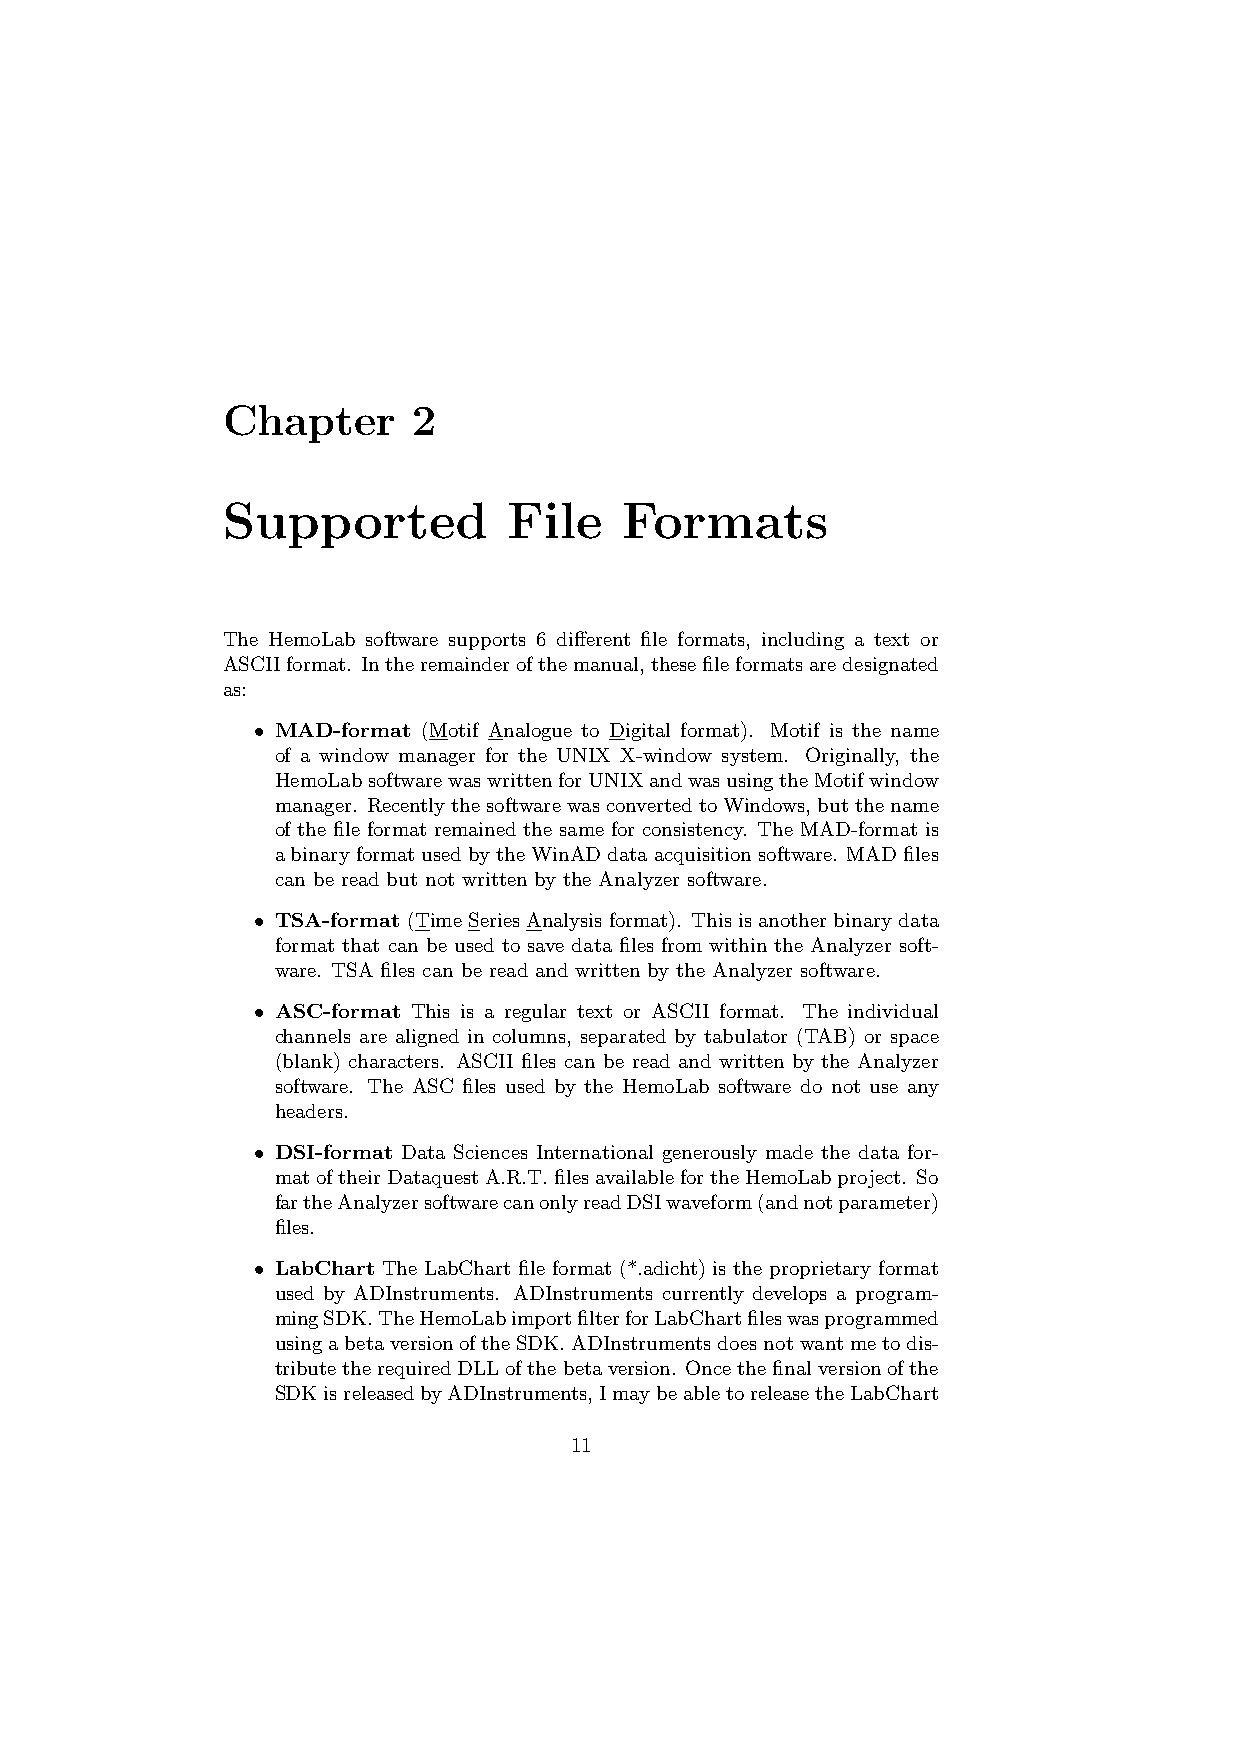
Chapter     2
 Supported          File   Formats
 The HemoLab software supports 6 different file formats, including a text or
 ASCIIformat. Intheremainderofthemanual,thesefileformatsaredesignated
 as:
 • MAD-format (Motif Analogue to Digital format). Motif is the name
 of a window manager for the UNIX X-window system. Originally, the
 HemoLabsoftwarewaswrittenforUNIXandwasusingtheMotifwindow
 manager. RecentlythesoftwarewasconvertedtoWindows,butthename
 of the file format remained the same for consistency. The MAD-format is
 abinaryformatusedbytheWinADdataacquisitionsoftware. MADfiles
 can be read but not written by the Analyzer software.
 • TSA-format(TimeSeriesAnalysisformat). Thisisanotherbinarydata
 format that can be used to save data files from within the Analyzer soft-
 ware. TSA files can be read and written by the Analyzer software.
 • ASC-format This is a regular text or ASCII format. The individual
 channels are aligned in columns, separated by tabulator (TAB) or space
 (blank) characters. ASCII files can be read and written by the Analyzer
 software. The ASC files used by the HemoLab software do not use any
 headers.
 • DSI-format Data Sciences International generously made the data for-
 matoftheirDataquestA.R.T.filesavailablefortheHemoLabproject. So
 fartheAnalyzersoftwarecanonlyreadDSIwaveform(andnotparameter)
 files.
 • LabChart The LabChart file format (*.adicht) is the proprietary format
 used by ADInstruments. ADInstruments currently develops a program-
 mingSDK.TheHemoLabimportfilterforLabChartfileswasprogrammed
 usingabetaversionoftheSDK.ADInstrumentsdoesnotwantmetodis-
 tributetherequiredDLLofthebetaversion. Oncethefinalversionofthe
 SDKisreleasedbyADInstruments,ImaybeabletoreleasetheLabChart
 11